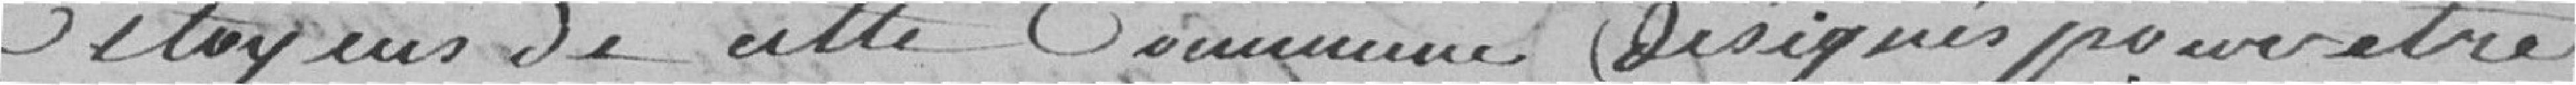
Citoyens de cette Commune désignés pour être